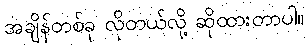
အချိန်တစ်ခု လိုတယ်လို့ ဆိုထားတာပါ။